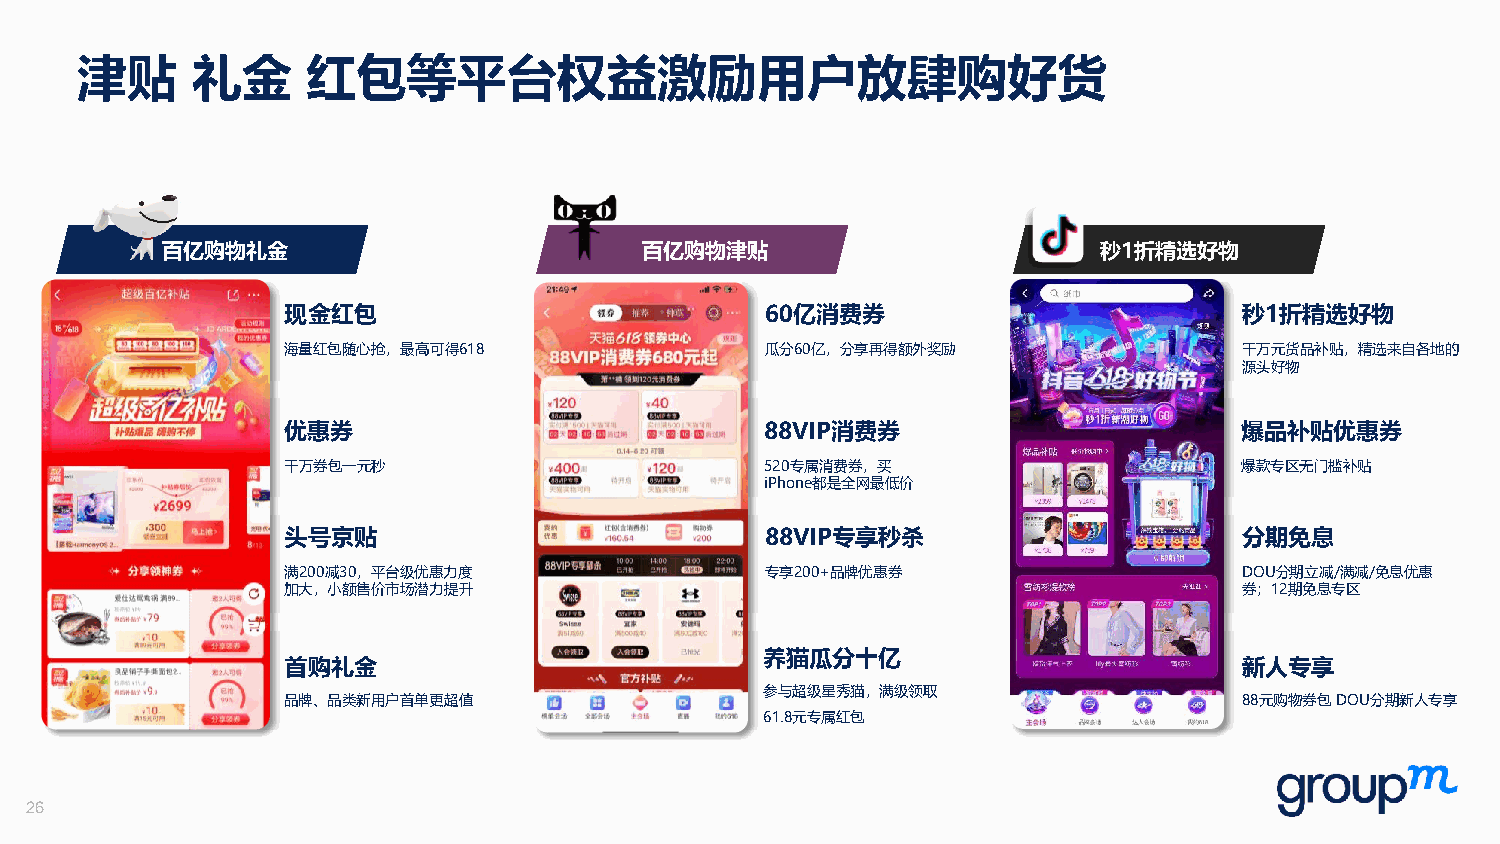
津贴      礼金     红包等平台权益激励用户放肆购好货
 百亿购物礼金                          百亿购物津贴                        秒1折精选好物
 现金红包                            60亿消费券                         秒1折精选好物
 海量红包随心抢，最高可得618                 瓜分60亿，分享再得额外奖励                 千万元货品补贴，精选来自各地的
 源头好物
 优惠券                             88VIP消费券                       爆品补贴优惠券
 千万券包一元秒                         520专属消费券，买                     爆款专区无门槛补贴
 iPhone都是全网最低价
 头号京贴                            88VIP专享秒杀                      分期免息
 满200减30，平台级优惠力度                 专享200+品牌优惠券                    DOU分期立减/满减/免息优惠
 加大，小额售价市场潜力提升                                                  券；12期免息专区
 养猫瓜分十亿
 首购礼金                                                           新人专享
 参与超级星秀猫，满级领取
 品牌、品类新用户首单更超值                                                  88元购物券包DOU分期新人专享
 61.8元专属红包
 26